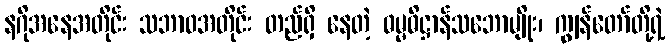
နဂိုအနေအတိုင်း သဘာဝအတိုင်း တည်ရှိ နေတဲ့ ဓမ္မဓိဋ္ဌာန်သဘောမျိုး၊ ကျွန်တော်တို့ရဲ့